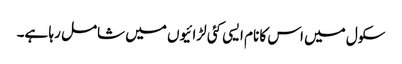
سکول میں اس کا نام ایسی کئی لڑائیوں میں شامل رہا ہے۔